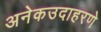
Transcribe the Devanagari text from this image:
अनेकउदाहरणे